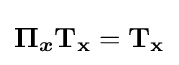
{\boldsymbol {\Pi _{x}}}\mathbf {T_{x}} =\mathbf {T_{x}}